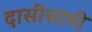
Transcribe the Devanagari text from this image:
दासींसाठी